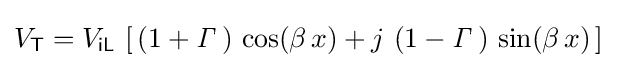
V_{\mathsf {T}}=V_{\mathsf {iL}}\,\left[\,(1+{\mathit {\Gamma }}\,)\,\cos(\beta \,x)+j\,\left(1-{\mathit {\Gamma }}\,\right)\,\sin(\beta \,x)\,\right]~